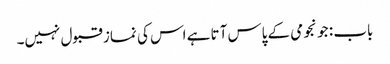
باب : جو نجومی کے پاس آتا ہے اس کی نماز قبول نہیں۔